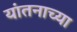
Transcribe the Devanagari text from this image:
यांतनाच्या